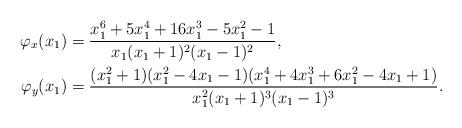
LaTeX: \begin{align*} \begin{aligned} \varphi_x(x_1) &= \frac{x_1^6+5x_1^4+16x_1^3-5x_1^2-1}{x_1(x_1+1)^2(x_1-1)^2},\\ \varphi_y(x_1) &= \frac{(x_1^2+1)(x_1^2-4x_1-1)(x_1^4+4x_1^3+6x_1^2-4x_1+1)}{x_1^2(x_1+1)^3(x_1-1)^3}. \end{aligned}\end{align*}